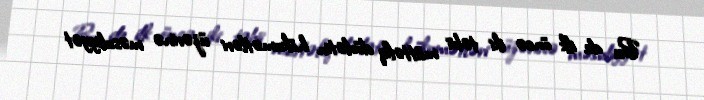
Bu da ilk öncə iki təbii müttəfiq dövlətin hökumətləri üzərinə məsuliyyət